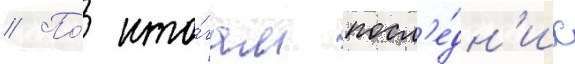
// По́ ито́гам посл'е́дн'их